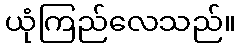
ယုံကြည်လေသည်။